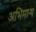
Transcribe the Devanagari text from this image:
अभिमान्य